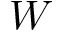
W